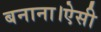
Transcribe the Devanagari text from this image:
बनाना।ऐसी